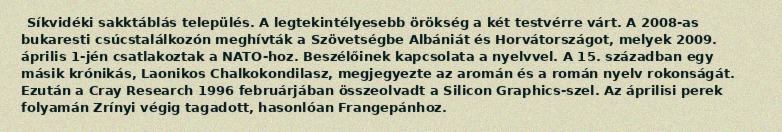
Síkvidéki sakktáblás település. A legtekintélyesebb örökség a két testvérre várt. A 2008-as bukaresti csúcstalálkozón meghívták a Szövetségbe Albániát és Horvátországot, melyek 2009. április 1-jén csatlakoztak a NATO-hoz. Beszélőinek kapcsolata a nyelvvel. A 15. században egy másik krónikás, Laonikos Chalkokondilasz, megjegyezte az aromán és a román nyelv rokonságát. Ezután a Cray Research 1996 februárjában összeolvadt a Silicon Graphics-szel. Az áprilisi perek folyamán Zrínyi végig tagadott, hasonlóan Frangepánhoz.